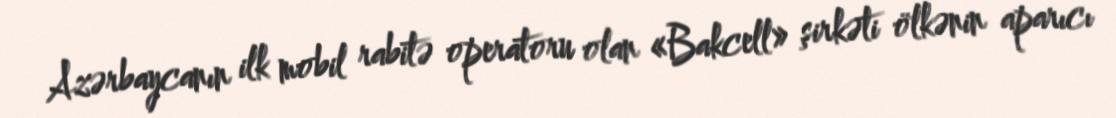
Azərbaycanın ilk mobil rabitə operatoru olan «Bakcell» şirkəti ölkənin aparıcı